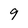
Character: 9